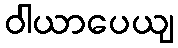
ဝါယာပေယျ